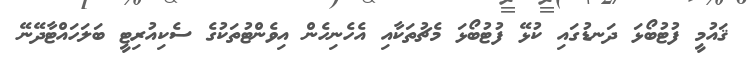
ޤައުމީ ފުޓުބޯޅަ ދަނޑުގައި ކުޅޭ ފުޓުބޯޅަ މެޗުތަކާއި އެހެނިހެން އިވެންޓުތަކުގެ ސެކިއުރިޓީ ބަލަހައްޓާދޭނޭ